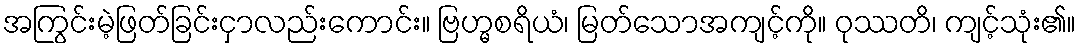
အကြွင်းမဲ့ဖြတ်ခြင်းငှာလည်းကောင်း။ ဗြဟ္မစရိယံ၊ မြတ်သောအကျင့်ကို။ ဝုဿတိ၊ ကျင့်သုံး၏။